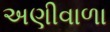
અણીવાળા